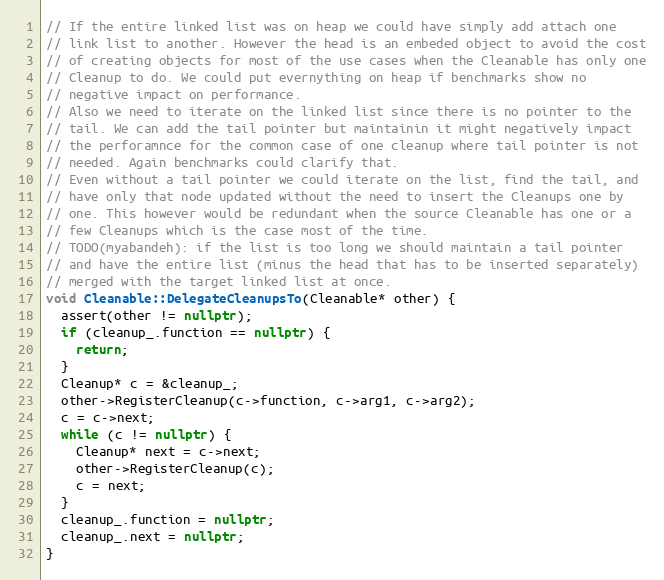
Language: C++
// If the entire linked list was on heap we could have simply add attach one
// link list to another. However the head is an embeded object to avoid the cost
// of creating objects for most of the use cases when the Cleanable has only one
// Cleanup to do. We could put evernything on heap if benchmarks show no
// negative impact on performance.
// Also we need to iterate on the linked list since there is no pointer to the
// tail. We can add the tail pointer but maintainin it might negatively impact
// the perforamnce for the common case of one cleanup where tail pointer is not
// needed. Again benchmarks could clarify that.
// Even without a tail pointer we could iterate on the list, find the tail, and
// have only that node updated without the need to insert the Cleanups one by
// one. This however would be redundant when the source Cleanable has one or a
// few Cleanups which is the case most of the time.
// TODO(myabandeh): if the list is too long we should maintain a tail pointer
// and have the entire list (minus the head that has to be inserted separately)
// merged with the target linked list at once.
void Cleanable::DelegateCleanupsTo(Cleanable* other) {
  assert(other != nullptr);
  if (cleanup_.function == nullptr) {
    return;
  }
  Cleanup* c = &cleanup_;
  other->RegisterCleanup(c->function, c->arg1, c->arg2);
  c = c->next;
  while (c != nullptr) {
    Cleanup* next = c->next;
    other->RegisterCleanup(c);
    c = next;
  }
  cleanup_.function = nullptr;
  cleanup_.next = nullptr;
}